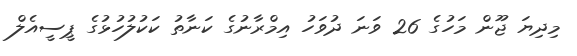
މިދިޔަ ޖޫން މަހުގެ 26 ވަނަ ދުވަހު އިމްރާނުގެ ކަނާތު ކަކުލުހުޅުގެ ޕީސީއެލް